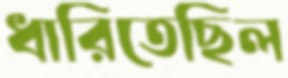
ধারিতেছিল